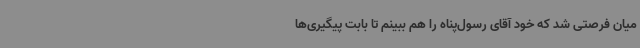
میان فرصتی شد که خود آقای رسول‌پناه را هم ببینم تا بابت پیگیری‌ها